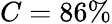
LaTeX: C=86\%